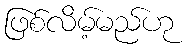
ဖြစ်လိမ့်မည်ဟု